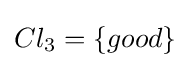
Cl_{3}=\{good\}